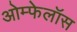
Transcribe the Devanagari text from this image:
ओम्फेलॉस